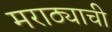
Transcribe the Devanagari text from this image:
मराठ्याची